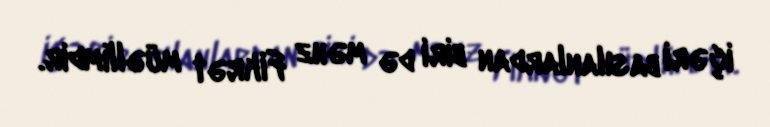
içəri basılanlardan biri də məhz Fikrət müəllimdir.